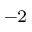
^ { - 2 }